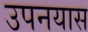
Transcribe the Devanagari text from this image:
उपनयास